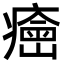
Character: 𤺠